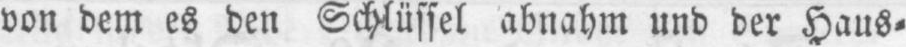
von dem es den Schlüssel abnahm und der Haus⸗